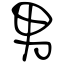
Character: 男